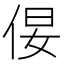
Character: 𪜿